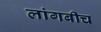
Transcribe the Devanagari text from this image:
लांगबीच